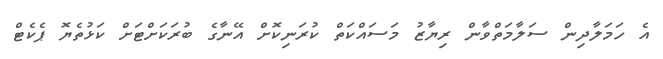
އެ ހަމަލާދިން ސަލާމަތްވާން ރިޔާޒު މަސައްކަތް ކުރަނިކޮށް އޭނާގެ ބުރަކަށްޓަށް ކަޅުތެޔޮ ޕެކެޓް